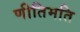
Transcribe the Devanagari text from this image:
णीतिमति